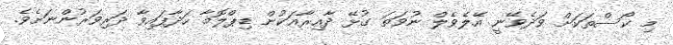
މި ކޯސްތަކަށް ވަދެވޭނީ އޭލެވެލް ނުވަތަ ގުޅޭ ދާއިރާއަކުން ޑިޕްލޮމާ ހަދާފައިވާ ދަރިވަރުންނަށެވެ.